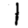
Digit: 1